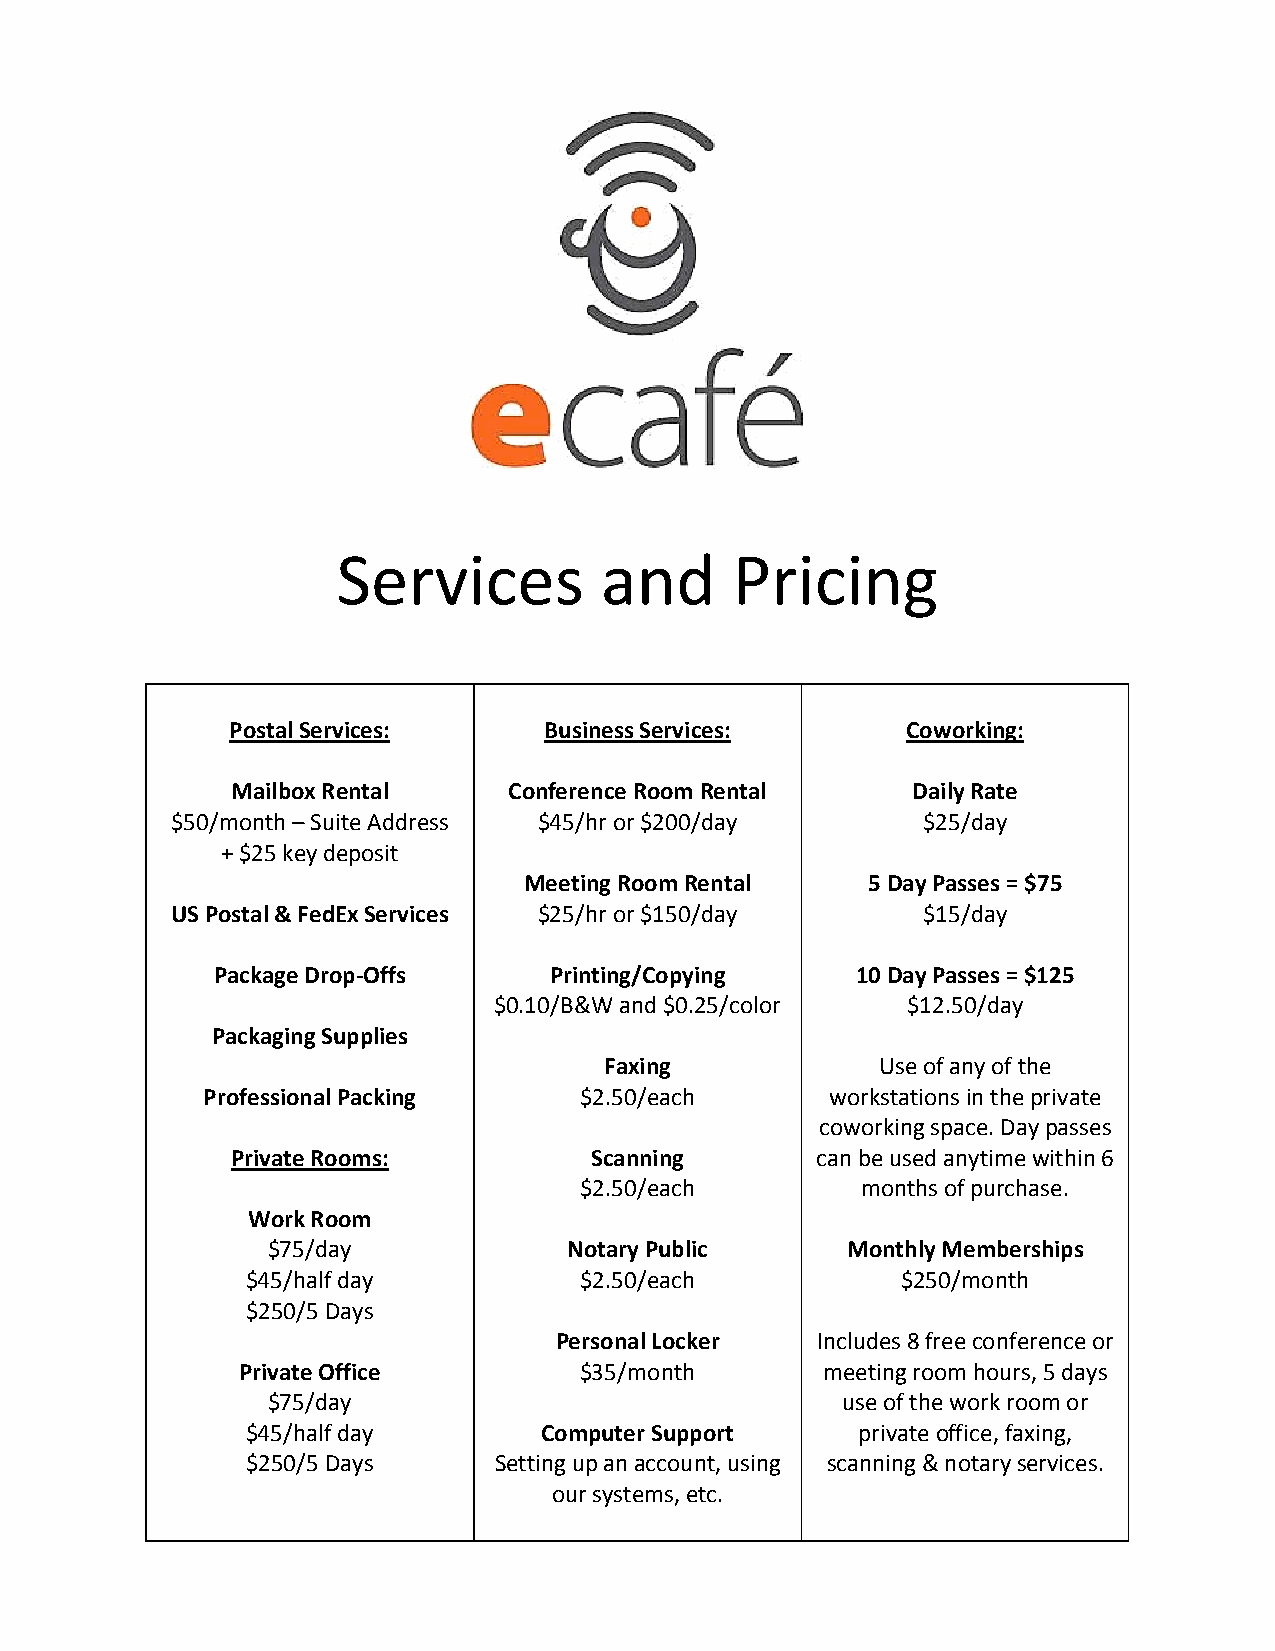
Services          and      Pricing
 Postal Services:     Business Services:      Coworking:
 Mailbox Rental     Conference Room Rental    Daily Rate
 $50/month – Suite Address $45/hr or $200/day      $25/day
 + $25 key deposit
 Meeting Room Rental   5 Day Passes = $75
 US Postal & FedEx Services $25/hr or $150/day     $15/day
 Package Drop‐Offs     Printing/Copying     10 Day Passes = $125
 $0.10/B&W and $0.25/color  $12.50/day
 Packaging Supplies
 Faxing            Use of any of the
 Professional Packing     $2.50/each       workstations in the private
 coworking space. Day passes
 Private Rooms:          Scanning       can be used anytime within 6
 $2.50/each         months of purchase.
 Work Room
 $75/day             Notary Public     Monthly Memberships
 $45/half day          $2.50/each            $250/month
 $250/5 Days
 Personal Locker  Includes 8 free conference or
 Private Office        $35/month       meeting room hours, 5 days
 $75/day                               use of the work room or
 $45/half day        Computer Support     private office, faxing,
 $250/5 Days      Setting up an account, using scanning & notary services.
 our systems, etc.